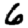
Digit: 6